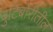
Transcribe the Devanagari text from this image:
बुटिबोरीतील